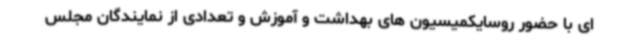
ای با حضور روسایکمیسیون های بهداشت و آموزش و تعدادی از نمایندگان مجلس